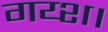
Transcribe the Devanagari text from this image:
गय्श।